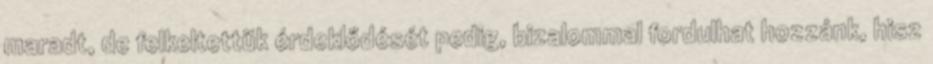
maradt, de felkeltettük érdeklődését pedig, bizalommal fordulhat hozzánk, hisz